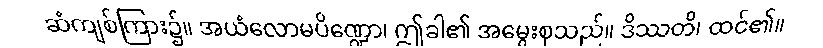
ဆံကျစ်ကြား၌။ အယံလောမပိဏ္ဍော၊ ဤခါ၏ အမွေးစုသည်။ ဒိဿတိ၊ ထင်၏။